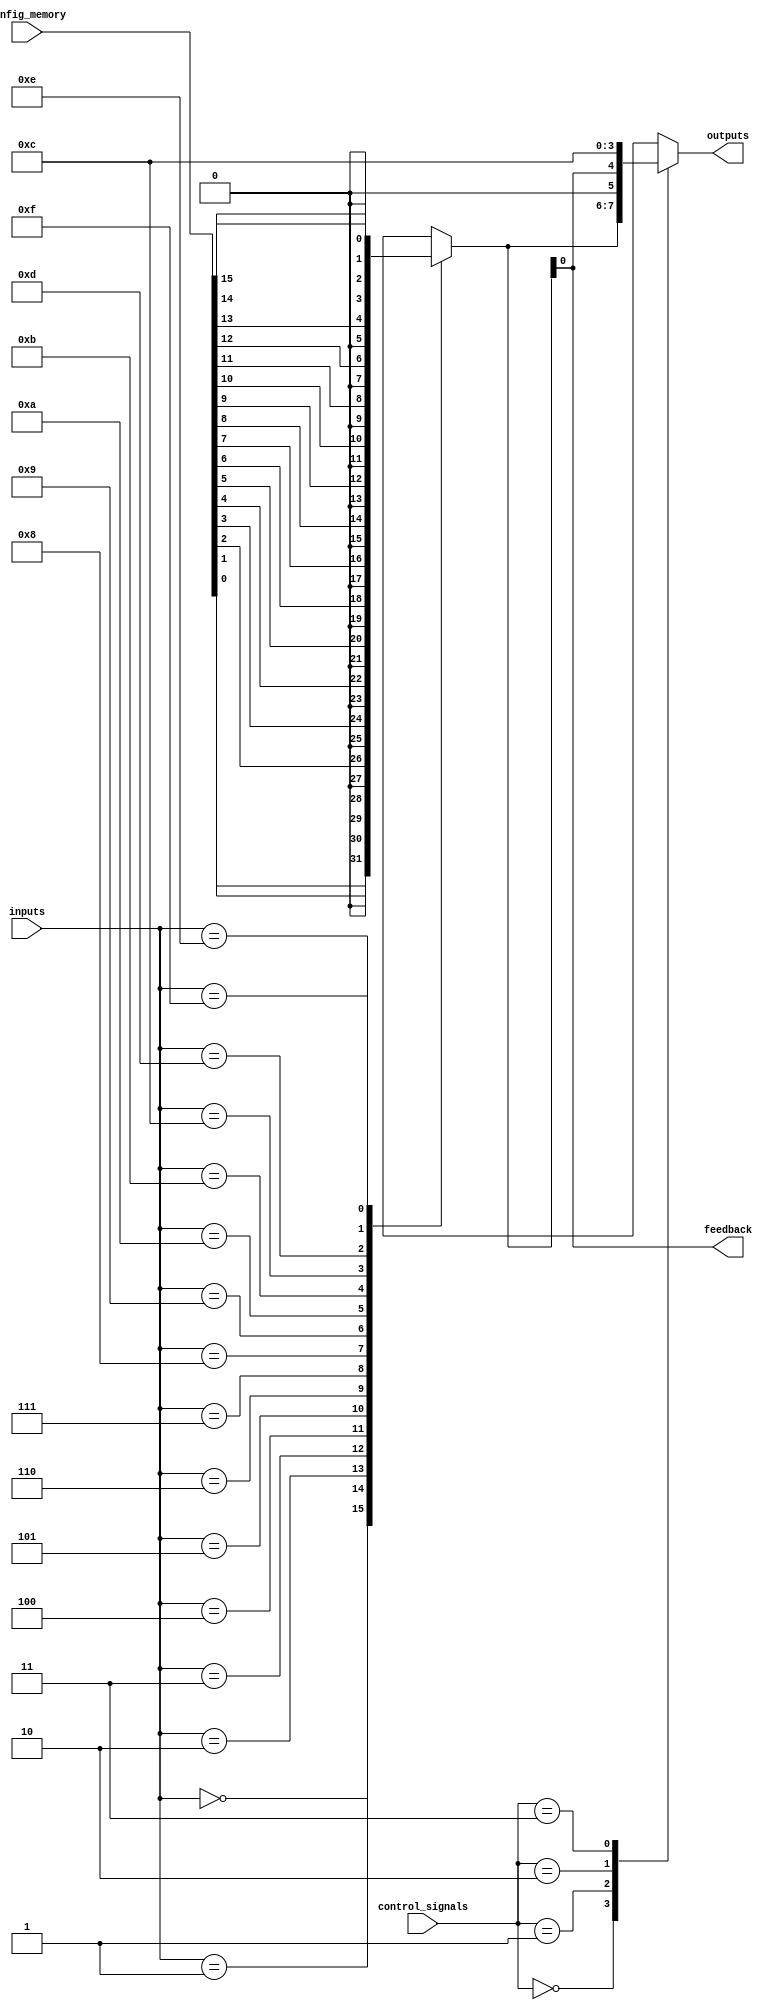
module CLB (
    input wire [N-1:0] inputs,         // Input lines
    input wire [M-1:0] control_signals, // Control signals
    input wire [C-1:0] config_memory,   // Configuration memory for LUT
    output wire [O-1:0] outputs,        // Output lines
    output wire feedback                 // Feedback path
);
    parameter N = 4; // Number of inputs
    parameter M = 2; // Number of control signals
    parameter C = 16; // Configuration memory size for LUT (2^N)
    parameter O = 2; // Number of outputs

    // LUT implementation
    reg [O-1:0] lut_output;
    
    always @(*) begin
        case (inputs)
            4'b0000: lut_output = config_memory[0]; // LUT configuration for input 0000
            4'b0001: lut_output = config_memory[1]; // LUT configuration for input 0001
            4'b0010: lut_output = config_memory[2]; // LUT configuration for input 0010
            4'b0011: lut_output = config_memory[3]; // LUT configuration for input 0011
            4'b0100: lut_output = config_memory[4]; // LUT configuration for input 0100
            4'b0101: lut_output = config_memory[5]; // LUT configuration for input 0101
            4'b0110: lut_output = config_memory[6]; // LUT configuration for input 0110
            4'b0111: lut_output = config_memory[7]; // LUT configuration for input 0111
            4'b1000: lut_output = config_memory[8]; // LUT configuration for input 1000
            4'b1001: lut_output = config_memory[9]; // LUT configuration for input 1001
            4'b1010: lut_output = config_memory[10]; // LUT configuration for input 1010
            4'b1011: lut_output = config_memory[11]; // LUT configuration for input 1011
            4'b1100: lut_output = config_memory[12]; // LUT configuration for input 1100
            4'b1101: lut_output = config_memory[13]; // LUT configuration for input 1101
            4'b1110: lut_output = config_memory[14]; // LUT configuration for input 1110
            4'b1111: lut_output = config_memory[15]; // LUT configuration for input 1111
            default: lut_output = {O{1'b0}}; // Default case
        endcase
    end

    // Multiplexer to select output based on control signals
    reg [O-1:0] mux_output;
    
    always @(*) begin
        case (control_signals)
            2'b00: mux_output = lut_output; // Direct output from LUT
            2'b01: mux_output = feedback;    // Feedback path
            2'b10: mux_output = {O{1'b1}};   // Example: all ones
            2'b11: mux_output = {O{1'b0}};   // Example: all zeros
            default: mux_output = {O{1'b0}};  // Default case
        endcase
    end

    // Assign outputs
    assign outputs = mux_output;
    assign feedback = lut_output[0]; // Example feedback from the first output of LUT

endmodule